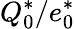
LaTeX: Q_{0}^{*}/e_{0}^{*}